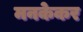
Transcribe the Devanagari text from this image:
मनकेकर